Vabadussoja_Ajaloo_Komitee, lk 13
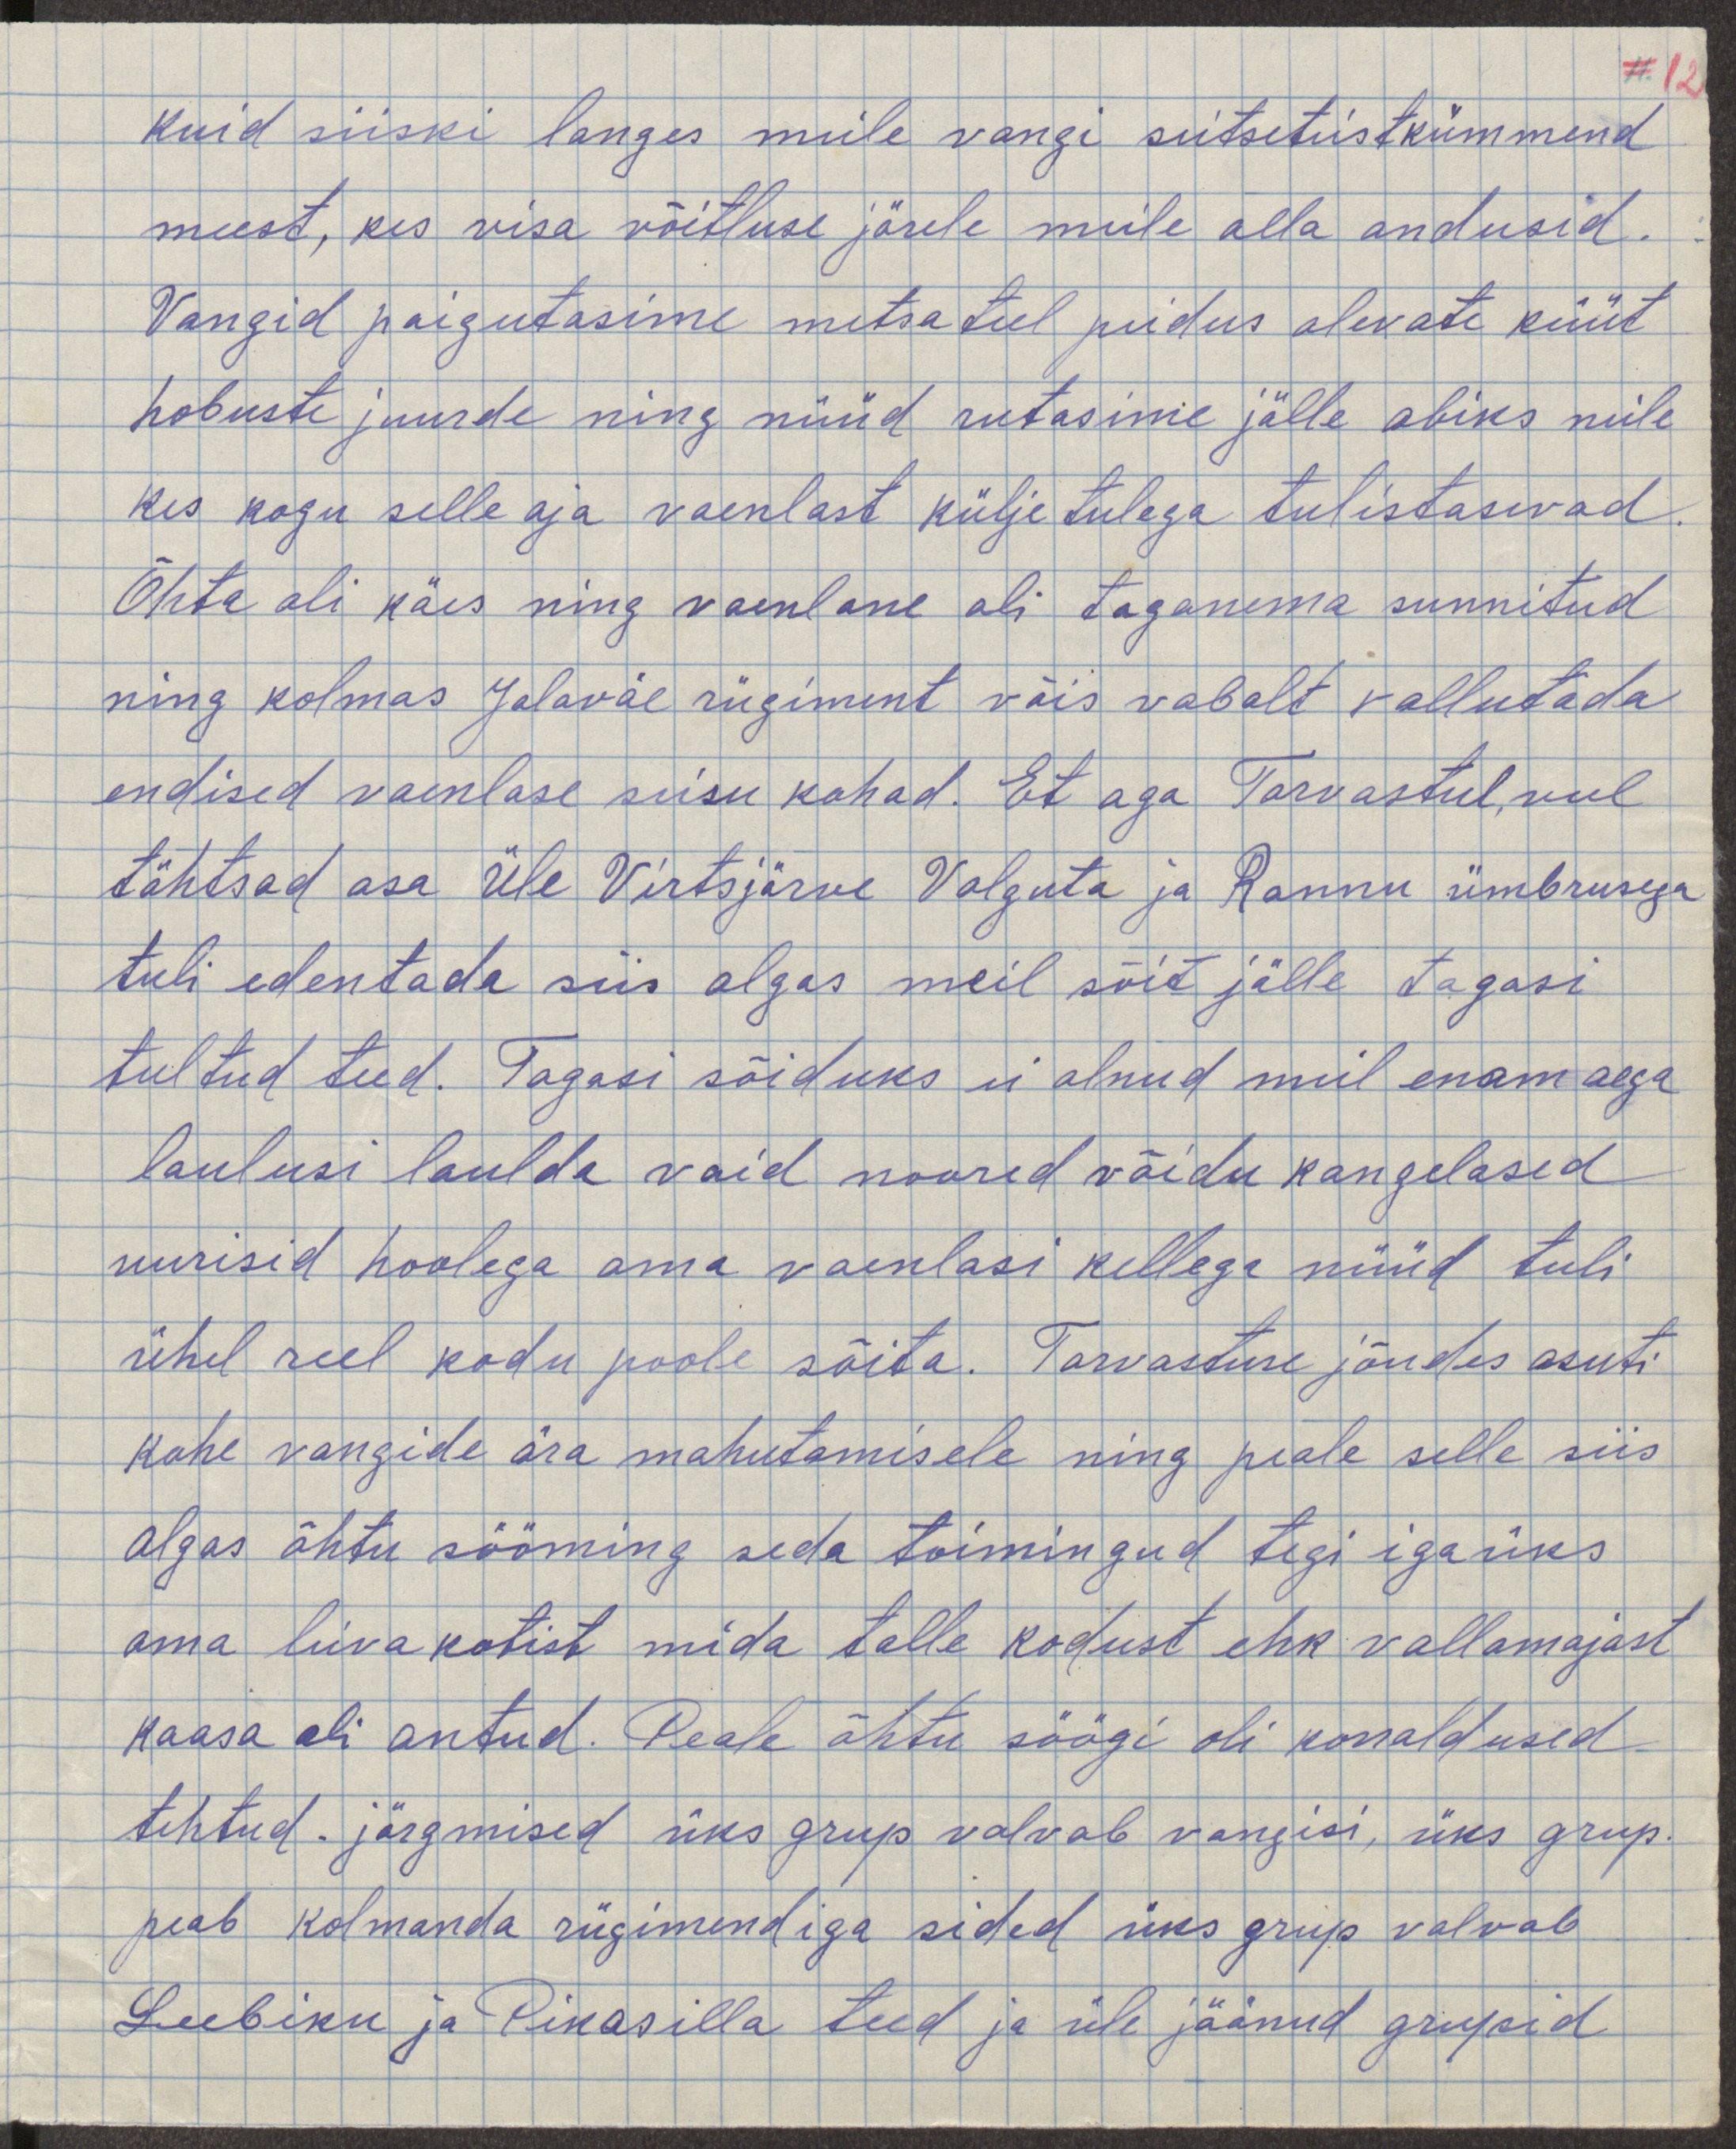
kuid siiski langes mulle vangi seitseteistkümmend
meest, kes visa võitluse järel mulle alla andusid.
Vangid paigutasime metsadel puidus olevate küüt
hobuste juurde ning nüüd rutasime jälle abiks neile
kes kogu selle aja vaenlast külje tulega tulistavad
Õhta oli käes ning vaenlane oli taganema sunnitud
ning kolmas Jalaväe rügiment võis vabalt vallutada
endised vaenlase seisu kohad. Et aga Tarvastul veel
tähtsad osa üle Virtsjärve Valguta ja Rannu ümbrusega
tuli edentada siis algas meil sõit jälle tagasi
tuldud teed. Tagasi sõiduks ei olnud meil enam aega
laulusi laulda vaid noored võidu kangelased
uurisid hoolega oma vaenlasi kellega nüüd tuli
ühel reel kodu poole sõita. Tarvastusse jõudes asuti
kohe vangide ära mahutamisele ning peale selle siis
algas õhtu sööming seda toimingud tegi igaüks
oma leivakotist mida talle kodust ehk vallamajast
kaasa oli antud. Peale õhtu söögi oli korraldused
tehtud. järgmised üks grup valvab vangisi, üks grup
peab kolmanda rügimendiga sided üks grupp valvad
Leebiku ja Pikasilla teed ja üle jäänud grupid